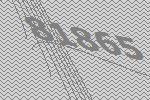
81865